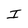
Character: I